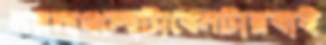
নরনাথলোটাবেনটারবাই